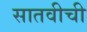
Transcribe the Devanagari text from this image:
सातवीची